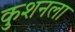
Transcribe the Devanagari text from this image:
कुशनला